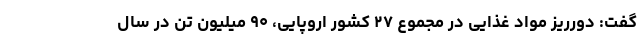
گفت: دورریز مواد غذایی در مجموع ۲۷ کشور اروپایی، ۹۰ میلیون تن در سال